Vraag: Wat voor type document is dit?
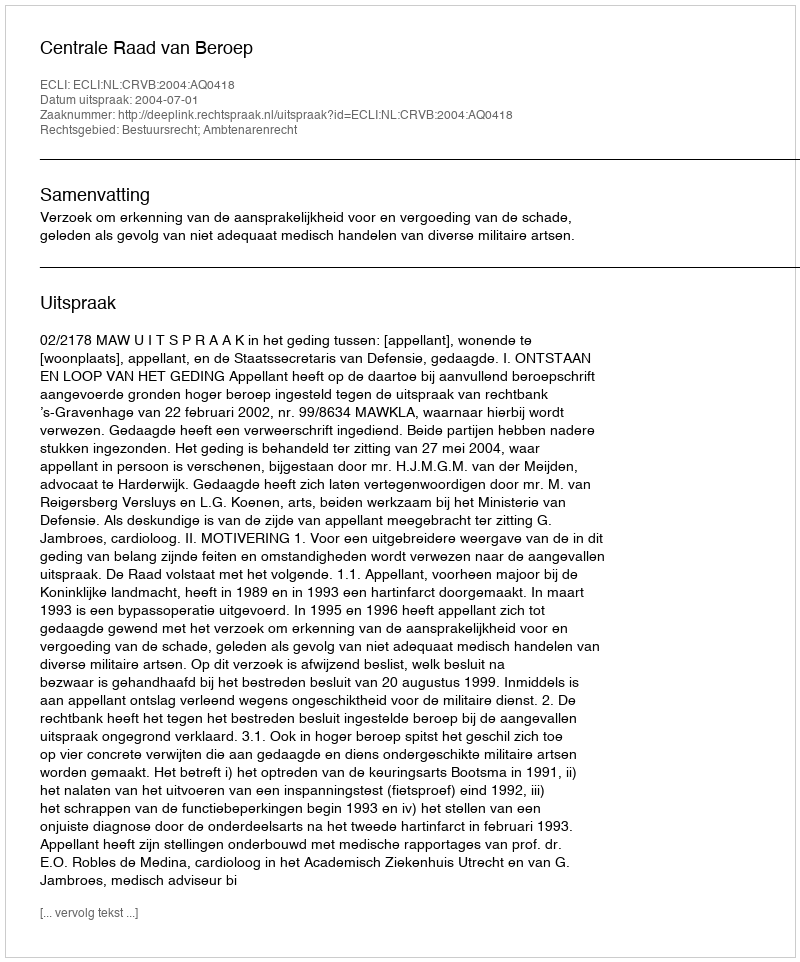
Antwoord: Uitspraak